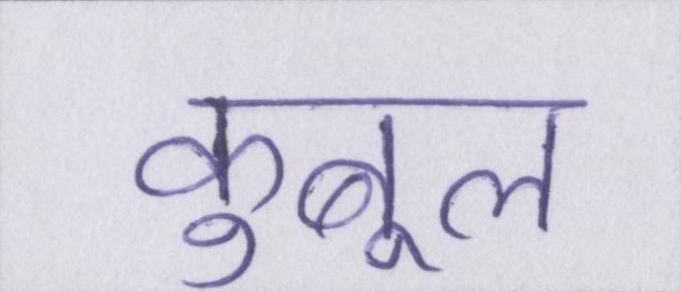
कुबूल